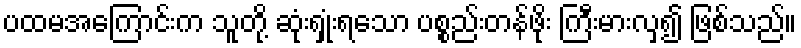
ပထမအကြောင်းက သူတို့ ဆုံးရှုံးရသော ပစ္စည်းတန်ဖိုး ကြီးမားလှ၍ ဖြစ်သည်။